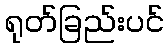
ရုတ်ခြည်းပင်